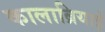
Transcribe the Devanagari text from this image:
कालाब्रियाई